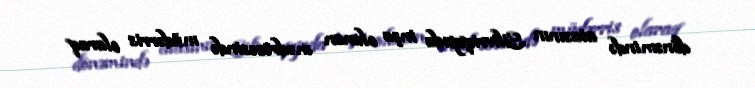
dönəmində atasının Silivriqapıda inşa olunan mədrəsəsində müdərris olaraq